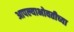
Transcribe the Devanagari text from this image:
आपल्याभोवतीच्या